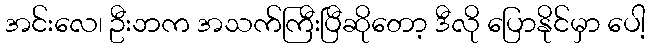
အင်းလေ၊ ဦးဘက အသက်ကြီးပြီဆိုတော့ ဒီလို ပြောနိုင်မှာ ပေါ့